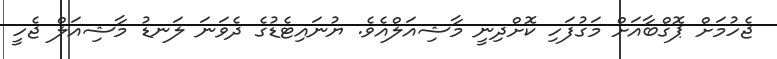
ޖެހުމަށް ޕޮގްބާއަށް މަގުފަހި ކޮށްދިނީ މާޝިއަލްއެވެ. ޔުނައިޓެޑުގެ ދެވަނަ ލަނޑު މާޝިއަލް ޖެހީ